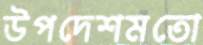
উপদেশমতো